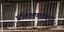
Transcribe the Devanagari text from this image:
प्रशिक्षणार्थियों